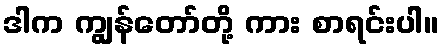
ဒါက ကျွန်တော်တို့ ကား စာရင်းပါ။